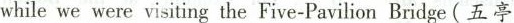
whilewe were visiting the Five-Pavilion Bridge(五亭